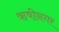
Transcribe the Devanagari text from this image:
ऋषीनगर